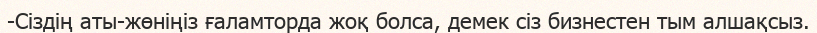
-Сіздің аты-жөніңіз ғаламторда жоқ болса, демек сіз бизнестен тым алшақсыз.